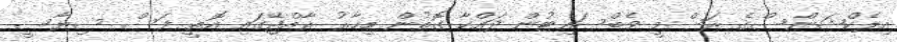
އިލެކްޝަންސްގެ ރަސްމީ ވެބްސައިޓުން ދައްކާ ގޮތުން މިހާރު ރާއްޖޭގައި އޮތީ ފަސް ސިޔާސީ